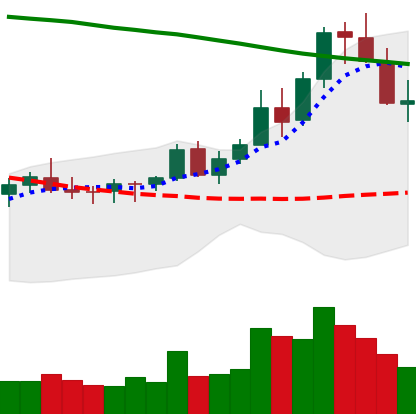
Ticker: XLM-USD
Chart end date: 2021-08-18
Forward return: 10.455%
Label: up_7plus